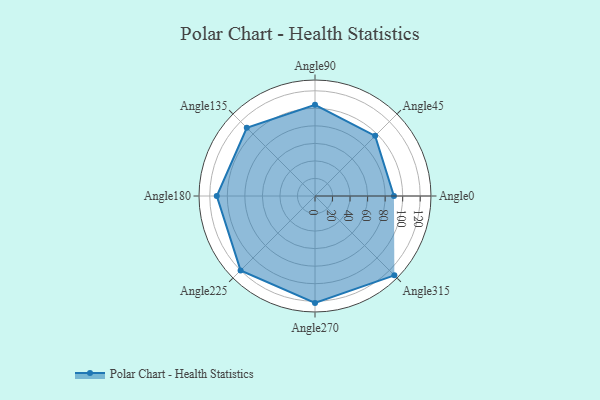
{"axis": {"x": "Angle", "y": "Radius"}, "legend": [""], "data": [{"x": "Angle0", "y": 90.0, "type": ""}, {"x": "Angle45", "y": 97.0, "type": ""}, {"x": "Angle90", "y": 104.0, "type": ""}, {"x": "Angle135", "y": 110.0, "type": ""}, {"x": "Angle180", "y": 112.0, "type": ""}, {"x": "Angle225", "y": 120.0, "type": ""}, {"x": "Angle270", "y": 122.0, "type": ""}, {"x": "Angle315", "y": 128.0, "type": ""}]}